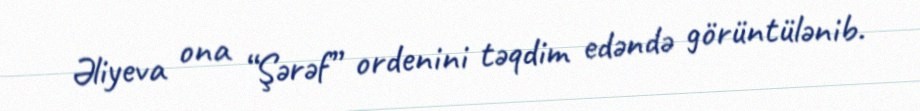
Əliyeva ona “Şərəf” ordenini təqdim edəndə görüntülənib.